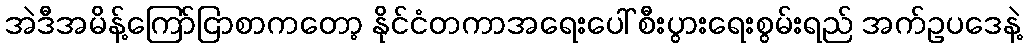
အဲဒီအမိန့်ကြော်ငြာစာကတော့ နိုင်ငံတကာအရေးပေါ် စီးပွားရေးစွမ်းရည် အက်ဥပဒေနဲ့